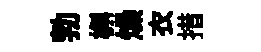
勃槲燥衣措